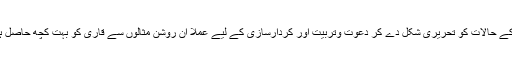
ان احباب کے حالات کو تحریری شکل دے کر دعوت وتربیت اور کردارسازی کے لیے عملاً ان روشن مثالوں سے قاری کو بہت کچھ حاصل ہوجاتا ہے۔